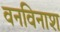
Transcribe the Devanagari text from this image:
वनविनाश